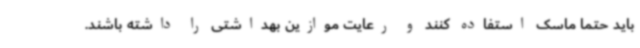
باید حتما ماسک استفاده کنند و رعایت موازین بهداشتی را داشته باشند.